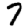
Digit: 7